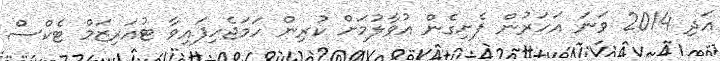
އަދި 2014 ވަނަ އަހަރުން ފެށިގެން އުވާލުމަށް ކުރިން ހަމަޖެހިފައިވާ ޓުއަރިޒަމް ޓެކްސް